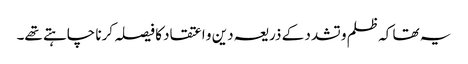
یہ تھا کہ ظلم و تشدد کے ذریعہ دین و اعتقاد کا فیصلہ کرنا چاہتے تھے۔